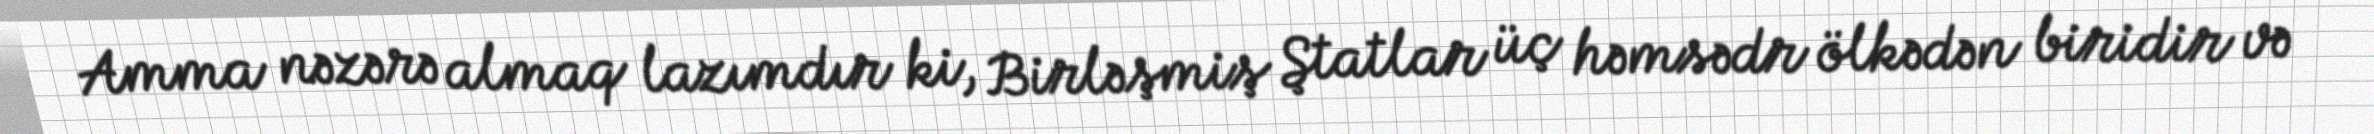
Amma nəzərə almaq lazımdır ki, Birləşmiş Ştatlar üç həmsədr ölkədən biridir və